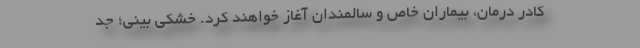
کادر درمان، بیماران خاص و سالمندان آغاز خواهند کرد. خشکی بینی؛ جد